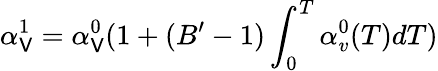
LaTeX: \alpha_{\mathsf{V}}^{1}=\alpha_{\mathsf{V}}^{0}(1+(B^{\prime}-1)\int_{0}^{T}\alpha_{v}^{0}(T)dT)